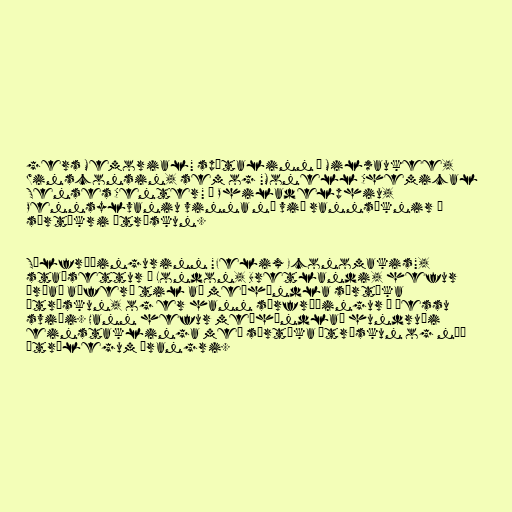
gers Memorial" spítalinn í Milwaukee,
Winsconsin, sem og "Monell Chemical
Senses Center" í Philadelphiu,
Pennsylvaniu vinna nú við rannsóknir á
sértækri átröskun.

Sálfræðingurinn "Felix Economakis",
staðsettur í London, Bretlandi, hefur
þróað aðferð til að meðhöndla sértæka
átröskun, og er hann sérfræðingur á þessu
sviði. Hann hefur meðhöndlað hundruði
einstaklinga með sértæka átröskun og náð
ótrúlegum árangri.